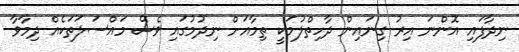
ނިދާފައި އޮންނަ އިރު ގިނައިން ދާހިތްލުމަކީ ތިމާއަށް ނިދުމުގައި ވެސް މައްސަލަތަކެއް ދިމާވާ